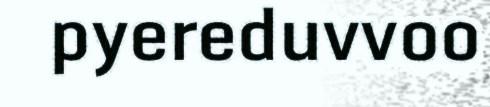
pyereduvvoo